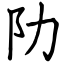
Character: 阞